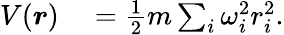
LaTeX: \begin{array}{rl}{V(\boldsymbol{r})}&{{}=\frac{1}{2}m\sum_{i}\omega_{i}^{2}r_{i}^{2}.}\end{array}